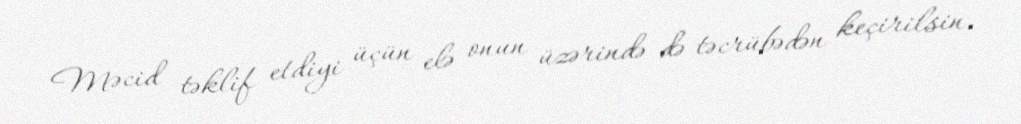
Məcid təklif etdiyi üçün elə onun üzərində də təcrübədən keçirilsin.